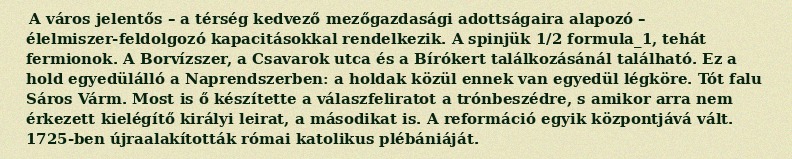
A város jelentős – a térség kedvező mezőgazdasági adottságaira alapozó – élelmiszer-feldolgozó kapacitásokkal rendelkezik. A spinjük 1/2 formula_1, tehát fermionok. A Borvízszer, a Csavarok utca és a Bírókert találkozásánál található. Ez a hold egyedülálló a Naprendszerben: a holdak közül ennek van egyedül légköre. Tót falu Sáros Várm. Most is ő készítette a válaszfeliratot a trónbeszédre, s amikor arra nem érkezett kielégítő királyi leirat, a másodikat is. A reformáció egyik központjává vált. 1725-ben újraalakították római katolikus plébániáját.